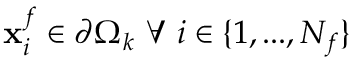
\mathbf { x } _ { i } ^ { f } \in \partial \Omega _ { k } \ \forall \ i \in \{ 1 , . . . , N _ { f } \}